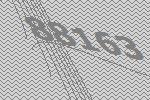
88163